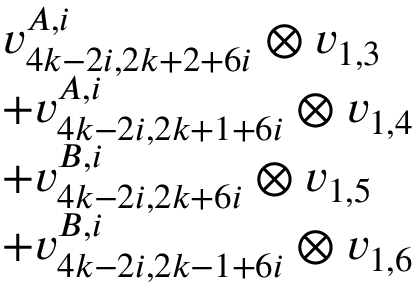
\begin{array} { r l } & { v _ { 4 k - 2 i , 2 k + 2 + 6 i } ^ { A , i } \otimes v _ { 1 , 3 } } \\ & { + v _ { 4 k - 2 i , 2 k + 1 + 6 i } ^ { A , i } \otimes v _ { 1 , 4 } } \\ & { + v _ { 4 k - 2 i , 2 k + 6 i } ^ { B , i } \otimes v _ { 1 , 5 } } \\ & { + v _ { 4 k - 2 i , 2 k - 1 + 6 i } ^ { B , i } \otimes v _ { 1 , 6 } } \end{array}